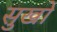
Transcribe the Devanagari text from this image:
सुखो